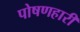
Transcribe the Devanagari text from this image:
पोषणहारी